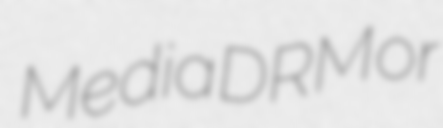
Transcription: Media DRM or